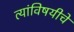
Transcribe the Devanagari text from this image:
त्यांविषयीचे